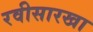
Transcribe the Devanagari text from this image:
रवीसारखा